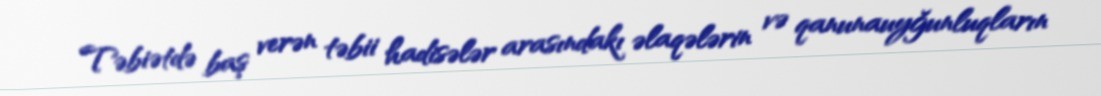
Təbiətdə baş verən təbii hadisələr arasındakı əlaqələrin və qanunauyğunluqların